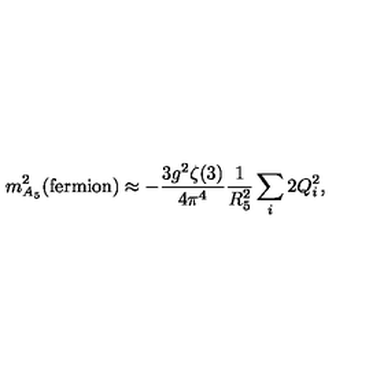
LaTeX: m _ { A _ { 5 } } ^ { 2 } ( \mathrm { f e r m i o n } ) \approx - \frac { 3 g ^ { 2 } \zeta ( 3 ) } { 4 \pi ^ { 4 } } \frac { 1 } { R _ { 5 } ^ { 2 } } \sum _ { i } 2 Q _ { i } ^ { 2 } ,